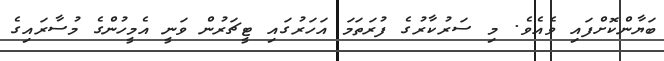
ބަޔާންކޮށްފައި ވެއެވެ. މި ސަރުކާރުގެ ފުރަތަމަ އަހަރުގައި ޓީޗަރުން ވަނީ އެމީހުންގެ މުސާރައިގެ